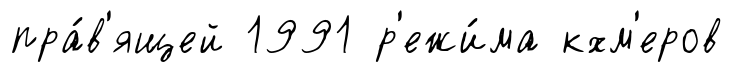
пра́в'ящей 1991 р'ежи́ма кхм'еров